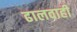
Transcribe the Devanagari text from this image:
ढालवाही